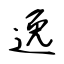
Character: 逸